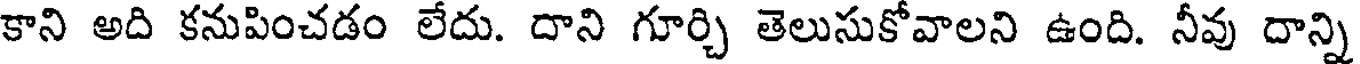
కాని అది కనుపించడం లేదు. దాని గూర్చి తెలుసుకోవాలని ఉంది. నీవు దాన్ని